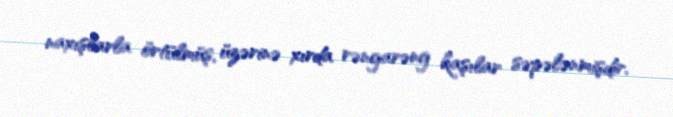
naxışlarla örtülmüş, üzərinə xırda rəngarəng kaşılar səpələnmişdir.